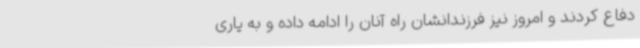
دفاع کردند و امروز نیز فرزندانشان راه آنان را ادامه داده و به یاری